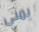
يمنى